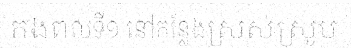
កងពលទី១ នៅកន្លែងស្រស់ស្រូប